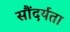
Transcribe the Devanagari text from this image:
सौंदर्यता